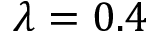
\lambda = 0 . 4